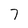
Character: 7